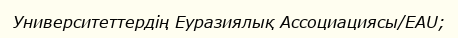
Университеттердің Еуразиялық Ассоциациясы/EAU;